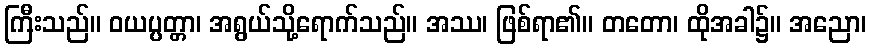
ကြီးသည်။ ဝယပ္ပတ္တာ၊ အရွယ်သို့ရောက်သည်။ အဿ၊ ဖြစ်ရာ၏။ တတော၊ ထိုအခါ၌။ အညော၊